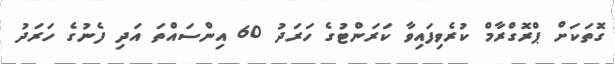
ގޮތަކަށް ޕްރޮގްރާމް ކުރެވިފައިވާ ކަރަންޓުގެ ހަރަދު 60 އިންސައްތަ އަދި ފެނުގެ ހަރަދު